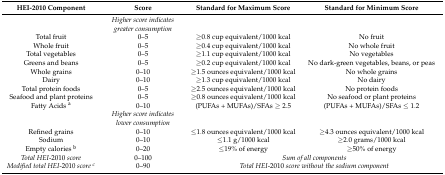
<table><thead><tr><td><b>HEI-2010 Component</b></td><td><b>Score</b></td><td><b>Standard for Maximum Score</b></td><td><b>Standard for Minimum Score</b></td></tr></thead><tbody><tr><td></td><td><i>Higher score indicates greater consumption</i></td><td></td><td></td></tr><tr><td>Total fruit</td><td>0–5</td><td>≥0.8 cup equivalent/1000 kcal</td><td>No fruit</td></tr><tr><td>Whole fruit</td><td>0–5</td><td>≥0.4 cup equivalent/1000 kcal</td><td>No whole fruit</td></tr><tr><td>Total vegetables</td><td>0–5</td><td>≥1.1 cup equivalent/1000 kcal</td><td>No vegetables</td></tr><tr><td>Greens and beans</td><td>0–5</td><td>≥0.2 cup equivalent/1000 kcal</td><td>No dark-green vegetables, beans, or peas</td></tr><tr><td>Whole grains</td><td>0–10</td><td>≥1.5 ounces equivalent/1000 kcal</td><td>No whole grains</td></tr><tr><td>Dairy</td><td>0–10</td><td>≥1.3 cup equivalent/1000 kcal</td><td>No dairy</td></tr><tr><td>Total protein foods</td><td>0–5</td><td>≥2.5 ounces equivalent/1000 kcal</td><td>No protein foods</td></tr><tr><td>Seafood and plant proteins</td><td>0–5</td><td>≥0.8 ounces equivalent/1000 kcal</td><td>No seafood or plant proteins</td></tr><tr><td>Fatty Acids <sup>a</sup></td><td>0–10</td><td>(PUFAs + MUFAs)/SFAs ≥ 2.5</td><td>(PUFAs + MUFAs)/SFAs ≤ 1.2</td></tr><tr><td></td><td><i>Higher score indicates lower consumption</i></td><td></td><td></td></tr><tr><td>Refined grains</td><td>0–10</td><td>≤1.8 ounces equivalent/1000 kcal</td><td>≥4.3 ounces equivalent/1000 kcal</td></tr><tr><td>Sodium</td><td>0–10</td><td>≤1.1 g/1000 kcal</td><td>≥2.0 grams/1000 kcal</td></tr><tr><td>Empty calories <sup>b</sup></td><td>0–20</td><td>≤19% of energy</td><td>≥50% of energy</td></tr><tr><td><i>Total HEI</i>-2010 <i>score</i></td><td>0–100</td><td colspan="2"><i>Sum of all components</i></td></tr><tr><td><i>Modified total HEI</i>-2010 <i>score <sup>c</sup></i></td><td>0–90</td><td colspan="2"><i>Total HEI</i>-2010 <i>score without the sodium component</i></td></tr></tbody></table>